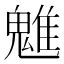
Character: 魋